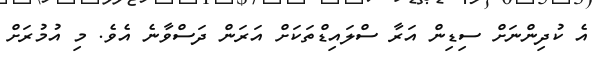
އެ ކުދިންނަށް ސިޑިން އަރާ ސްލައިޑްތަކަށް އަރަން ދަސްވާނެ އެވެ. މި އުމުރަށް